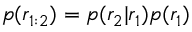
p ( \mathfrak { r } _ { 1 : 2 } ) = p ( \mathfrak { r } _ { 2 } | \mathfrak { r } _ { 1 } ) p ( \mathfrak { r } _ { 1 } )